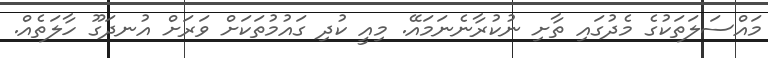
މައްސަލަތަކުގެ މެދުގައި ތާށި ނުކުރާނެނަމައޭ. މިއީ ކުދި ގައުމުތަކަށް ވަރަށް އުނދަގޫ ހާލަތެއް.